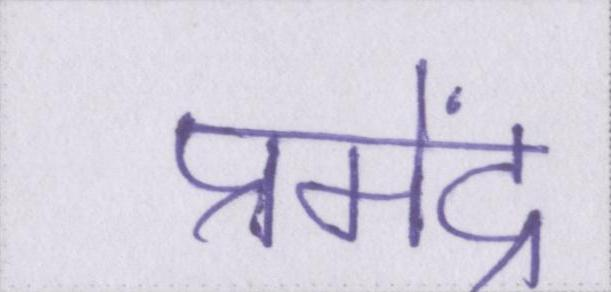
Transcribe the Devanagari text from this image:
प्रमेंद्र